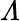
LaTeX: \varLambda